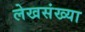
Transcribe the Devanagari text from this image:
लेखसंख्या